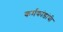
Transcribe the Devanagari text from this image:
कर्मकांडांची